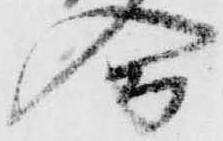
合